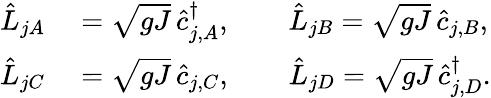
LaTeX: \begin{array}{rl}{\hat{L}_{jA}}&{{}=\sqrt{gJ}\, \hat{c}_{j,A}^{\dagger},\qquad\hat{L}_{jB}=\sqrt{gJ}\, \hat{c}_{j,B},}\\ {\hat{L}_{jC}}&{{}=\sqrt{gJ}\, \hat{c}_{j,C},\qquad\hat{L}_{jD}=\sqrt{gJ}\, \hat{c}_{j,D}^{\dagger}.}\end{array}